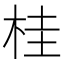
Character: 桂